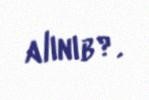
alınıb?.